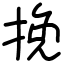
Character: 挽